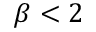
\beta < 2